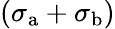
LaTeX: (\sigma_{\mathrm{a}}+\sigma_{\mathrm{b}})